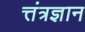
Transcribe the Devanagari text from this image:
त्तंत्रज्ञान